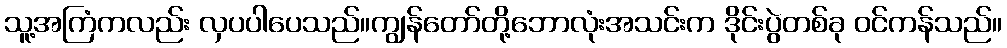
သူ့အကြံကလည်း လှပပါပေသည်။ကျွန်တော်တို့ဘောလုံးအသင်းက ဒိုင်းပွဲတစ်ခု ဝင်ကန်သည်။